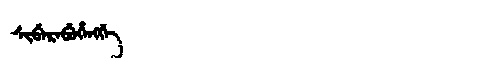
Manchu: ᠰᡳᠪᡝᡵᡝᠪᡠᡥᡝᠩᡤᡝ
Romanization: SIBEREBUHENGGE